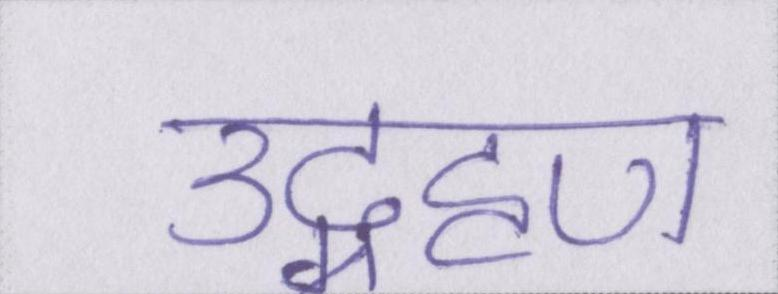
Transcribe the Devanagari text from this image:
उद्ग्रहण